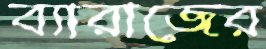
ব্যারাজের